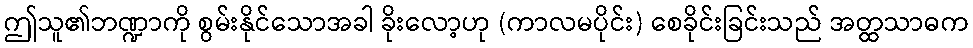
ဤသူ၏ဘဏ္ဍာကို စွမ်းနိုင်သောအခါ ခိုးလော့ဟု (ကာလမပိုင်း) စေခိုင်းခြင်းသည် အတ္ထသာဓက